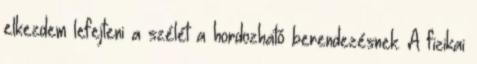
elkezdem lefejteni a szélét a hordozható berendezésnek. A fizikai